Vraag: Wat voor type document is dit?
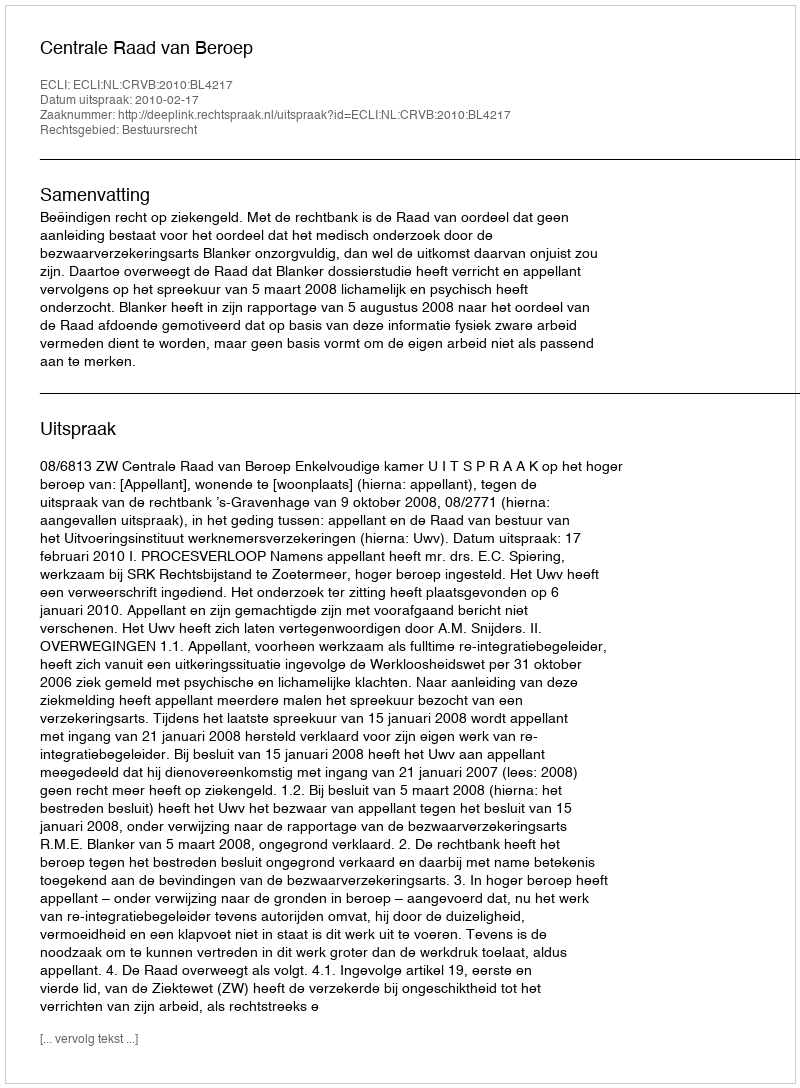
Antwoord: Uitspraak